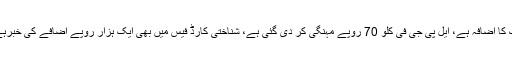
ٹول ٹیکس 10 فیصد بڑھا دیا گیا ہے، کھاد کی قیمتوں میں 200 سے 800 روپے تک کا اضافہ ہے، ایل پی جی فی کلو 70 روپے مہنگی کر دی گئی ہے، شناختی کارڈ فیس میں بھی ایک ہزار روپے اضافے کی خبرہے اور اس کے ساتھ انکم ٹیکس12لاکھ سالانہ آمدن سے کم کرکے8لاکھکیا جارہا ہے۔